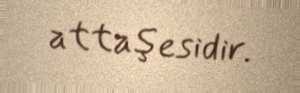
attaşesidir.